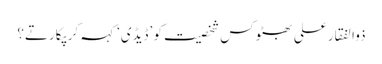
ذوالفقار علی بھٹو کس شخصیت کو ’ڈیڈی‘ کہہ کر پکارتے؟